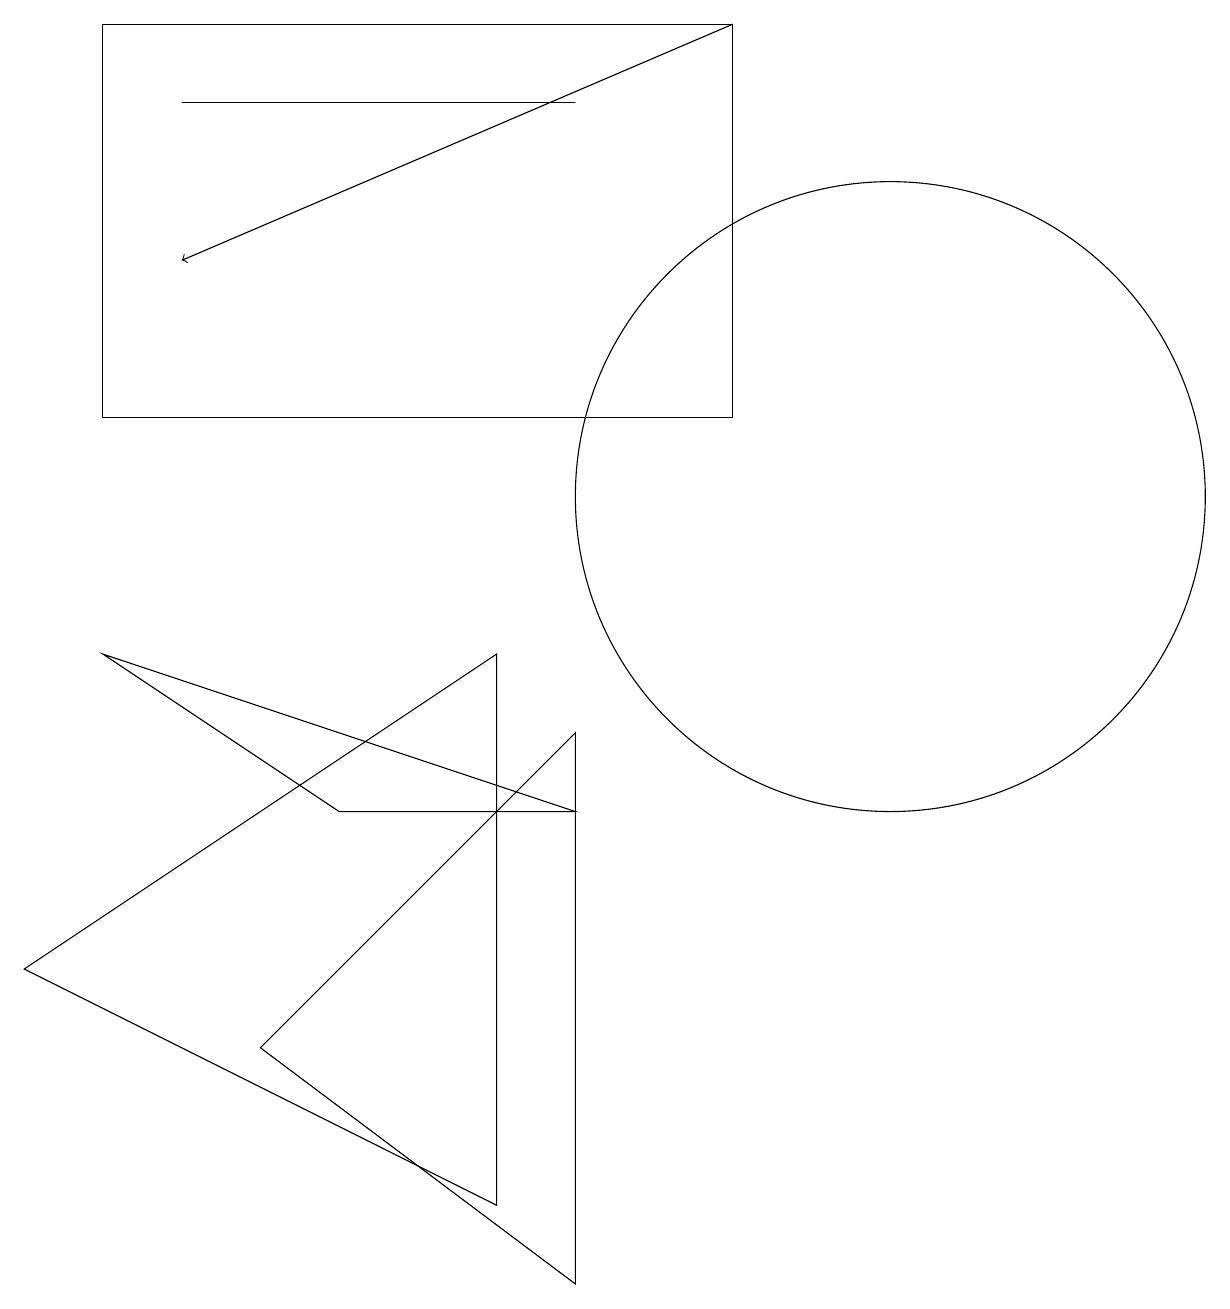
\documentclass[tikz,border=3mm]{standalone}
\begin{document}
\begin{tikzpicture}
\draw (1,12) rectangle (9,17);
\draw (7,16) rectangle (2,16);
\draw (7,1) -- (7,8) -- (3,4) -- cycle;
\draw (0,5) -- (6,9) -- (6,2) -- cycle;
\draw (11,11) circle (4);
\draw[->] (9,17) -- (2,14);
\draw (7,7) -- (4,7) -- (1,9) -- cycle;
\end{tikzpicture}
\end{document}